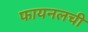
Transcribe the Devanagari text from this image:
फायनलची